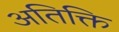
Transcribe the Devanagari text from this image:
अतिक्ति